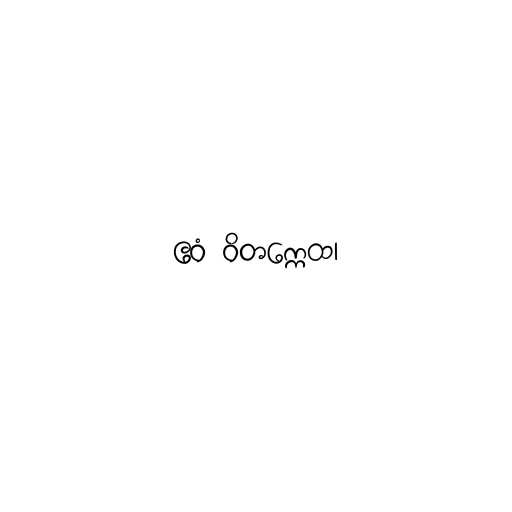
ဧဝံ ဝိတက္ကေထ၊